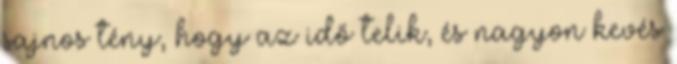
sajnos tény, hogy az idő telik, és nagyon kevés